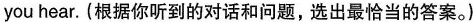
you hear. (根据你听到的对话和问题,选出最恰当的答案。)